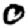
Digit: 0